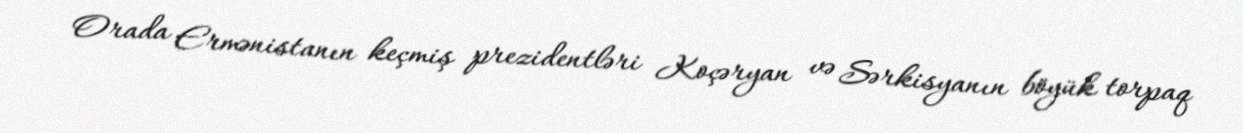
Orada Ermənistanın keçmiş prezidentləri Koçəryan və Sərkisyanın böyük torpaq